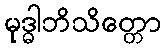
မုဒ္ဓါဘိသိတ္တော